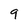
Character: 9